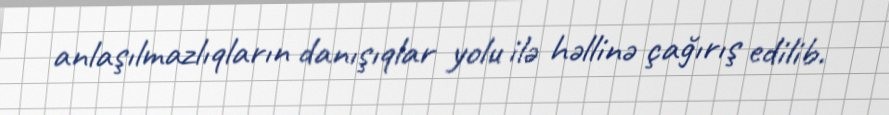
anlaşılmazlıqların danışıqlar yolu ilə həllinə çağırış edilib.